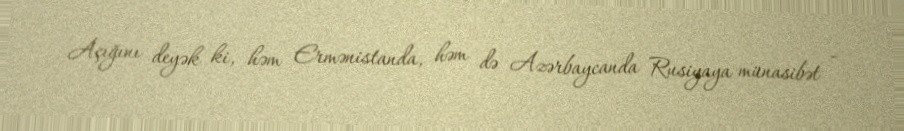
Açığını deyək ki, həm Ermənistanda, həm də Azərbaycanda Rusiyaya münasibət -